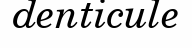
denticule